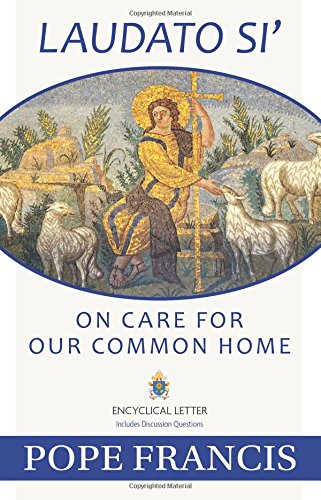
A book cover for Laudato Si -- On Care for Our Common Home; Pope Francis; Christian Books & Bibles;